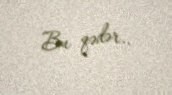
Bu qədər..